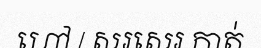
ហៅ / សរសេរ កាត់